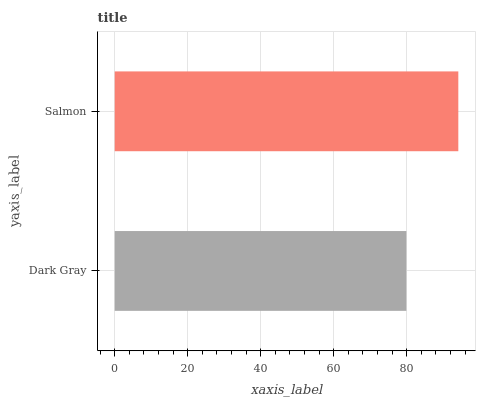
| yaxis_label | bars |
 | --- | --- |
 | Dark Gray | 79.9 |
 | Salmon | 94.1 |